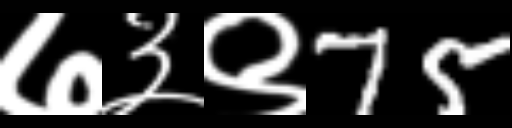
Text: ७३९75